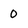
Character: 0